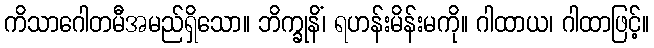
ကိသာဂေါတမီအမည်ရှိသော။ ဘိက္ခုနိံ၊ ရဟန်းမိန်းမကို။ ဂါထာယ၊ ဂါထာဖြင့်။